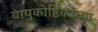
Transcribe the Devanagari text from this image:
वायुकोष्ठिकांच्या